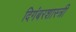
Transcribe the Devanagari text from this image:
दिगंबरशास्त्री